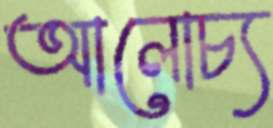
আলোচ্য